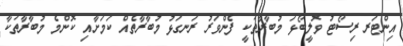
އިންޓަރ ރިސޯޓު ވޮލީބޯޅަ މުބާރާތަކީ ފެންވަރު ރަނގަޅު މުބާރާތެއް ކަމަށާއި ކޮންމެ މުބާރާތަކާ